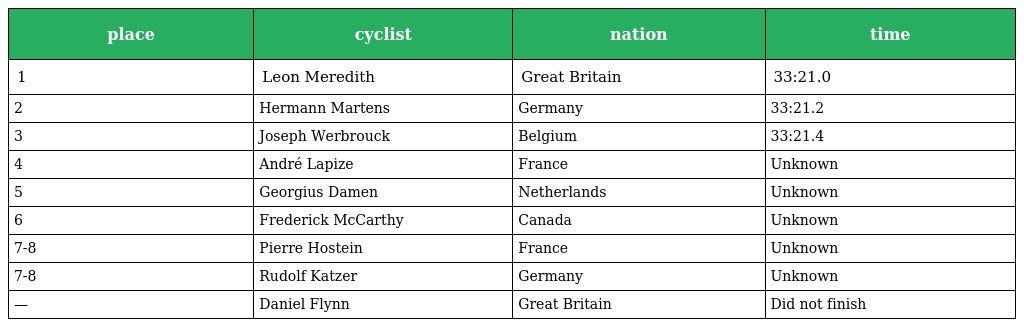
| place | cyclist | nation | time |
 | --- | --- | --- | --- |
 | 1 | Leon Meredith | Great Britain | 33:21.0 |
 | 2 | Hermann Martens | Germany | 33:21.2 |
 | 3 | Joseph Werbrouck | Belgium | 33:21.4 |
 | 4 | André Lapize | France | Unknown |
 | 5 | Georgius Damen | Netherlands | Unknown |
 | 6 | Frederick McCarthy | Canada | Unknown |
 | 7-8 | Pierre Hostein | France | Unknown |
 | 7-8 | Rudolf Katzer | Germany | Unknown |
 | — | Daniel Flynn | Great Britain | Did not finish |